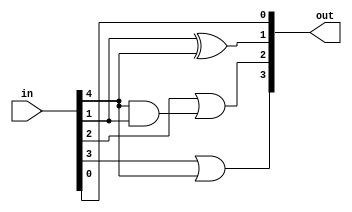
module bcd_to_binary (in,out);
	input [7:0] in;
	output [3:0] out;
	assign out[0]=in[0];//z=d
	assign out[1]=in[1]^in[4];//y=c^h
	assign out[2]=in[2]|(in[4]&in[1]);//x=b+hc
	assign out[3]=in[3]|in[4];//w=a+h
endmodule